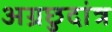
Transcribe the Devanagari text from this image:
अग्रछुदांत्र